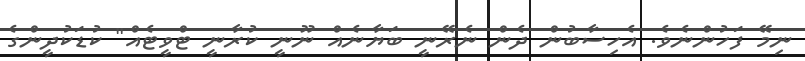
ނިމޭ ފަހުންނެވެ. އެހިސާބުން ދެން ނެރޭނީ ބަޔާނެއް ނޫނީ ކުރާނީ ޓްވީޓެއް" ކުޑަކުދީންގެ